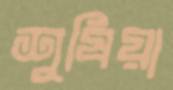
শুষিয়া